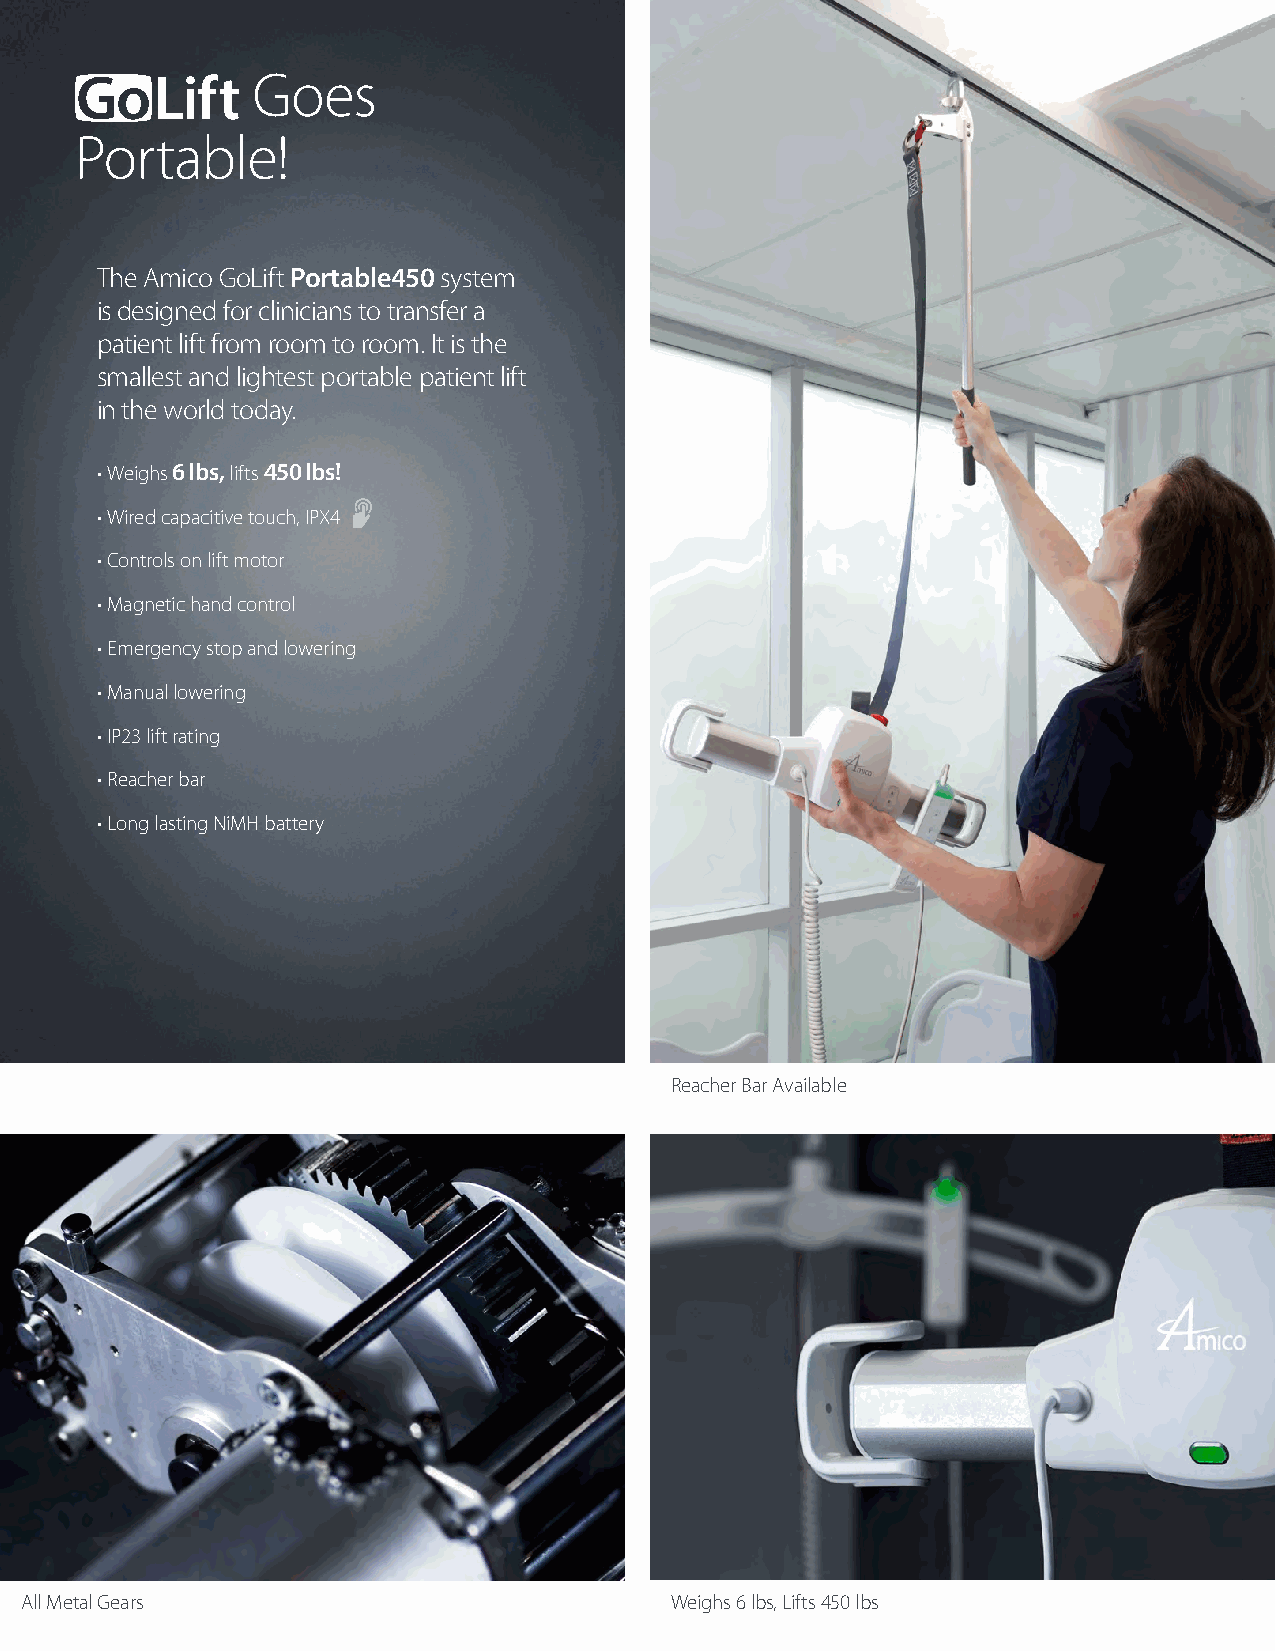
Goes
 Portable!
 The Amico GoLift Portable450 system
 is designed for clinicians to transfer a
 patient lift from room to room. It is the
 smallest and lightest portable patient lift
 in the world today.
 • Weighs 6lbs, lifts 450lbs!
 • Wired capacitive touch, IPX4
 • Controls on lift motor
 • Magnetic hand control
 • Emergency stop and lowering
 • Manual lowering
 • IP23 lift rating
 • Reacher bar
 • Long lasting NiMH battery
 Reacher Bar Available
 All Metal Gears                            Weighs 6 lbs, Lifts 450 lbs